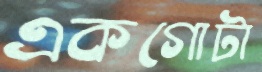
একগোটা